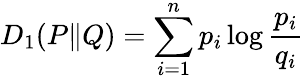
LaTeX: D_{1}(P\| Q)=\sum_{i=1}^{n}p_{i}\log{\frac{p_{i}}{q_{i}}}